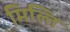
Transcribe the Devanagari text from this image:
मिल्ति